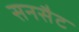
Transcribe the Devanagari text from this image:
सनसैट